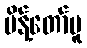
မိန့်တော်မူ